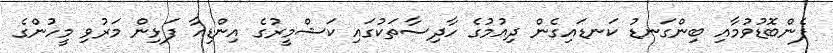
ފެންބޮޑުވުމާއި ބިންގަނޑު ކަނޑައިގެން ދިއުމުގެ ހާދިސާތަކުގައި ކަޝްމީރުގެ އިންޑިއާ ފަޅިން މަރުވި މީހުންގެ